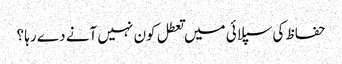
حفاظ کی سپلائی میں تعطل کون نہیں آنے دے رہا ؟